King Institute of Preventive Medicine Micro-Biological Section reports 1909-11
Year: 1909
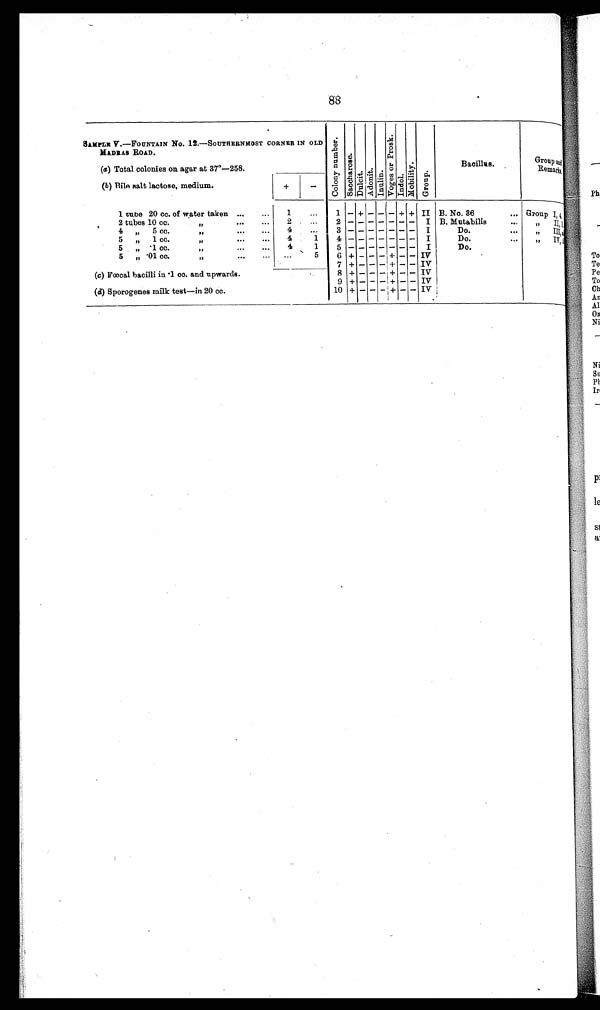
88
SAMPLE V.—FOUNTAIN NO, 12.—SOUTHERNMOST CORNER IN OLD
MADRAS ROAD.
C o l o n y n u m b e r .
S a c c h a r o s e .
D u l c i t .
Ad o n i t . I n u l i n .
V o g e s o r P r o s k .
Indol .
Mobi l i t y.
Gr oup.
Bacillus.
Group
a nd Re ma r ks
(a) Total colonies on agar at 37°—258.
(b) Bile salt lactose, medium.
+
—
1 tune 20 cc. of water taken ...
...
1
...
1 — + — — — + + II B. No. 36
... Group I,4
2 tubes 10 cc.
„
...
2
. . .
2
— — — — — — —
I B. Mutabilis
...
,,
II,1
4 „ 5 cc.
„
...
...
4
. . .
3
— — — — — — —
I
Do.
,, III,
5 „ 1 cc
...
„
4
1
4
— — — — — — —
I
Do.
...
,, IV,
5
.1 cc
„
...
...
4
1
5
— — — — — — —
I
Do.
5 „„ .01 cc.
„
...
... ...
5
6 + — — + — — IV
7 + — — —
+
— — IV
(c) Fœcal bacilli in .1 cc. and upwards.
8 + — — — + — — IV
9 + — — — + — — IV
(d) Sporogenes milk test—in 20 cc.
10 + — — — + — — IV